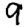
Digit: 9